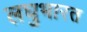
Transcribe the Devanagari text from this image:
लघुभारत